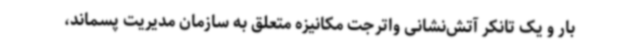
بار و یک تانکر آتش‌نشانی واترجت مکانیزه متعلق به سازمان مدیریت پسماند،